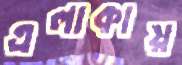
এলাকায়